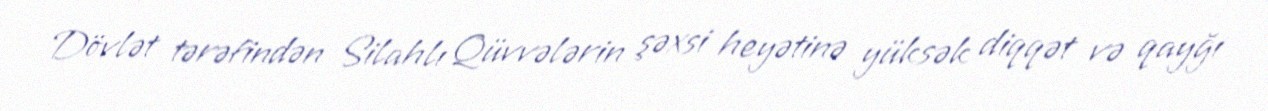
Dövlət tərəfindən Silahlı Qüvvələrin şəxsi heyətinə yüksək diqqət və qayğı